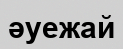
әуежай